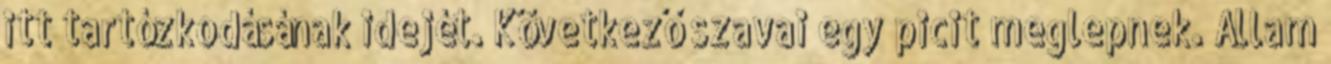
itt tartózkodásának idejét. Következő szavai egy picit meglepnek. Állam